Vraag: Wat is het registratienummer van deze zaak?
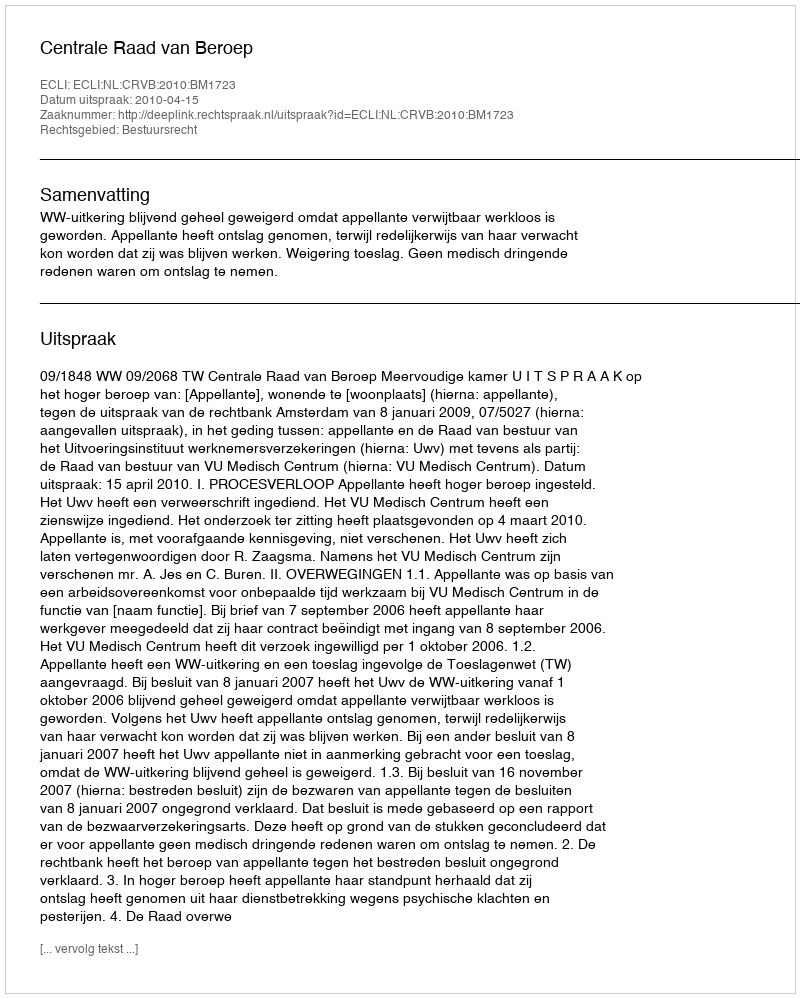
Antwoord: http://deeplink.rechtspraak.nl/uitspraak?id=ECLI:NL:CRVB:2010:BM1723